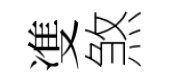
㕠煞